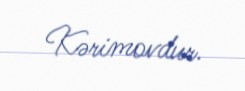
Kərimovdur.